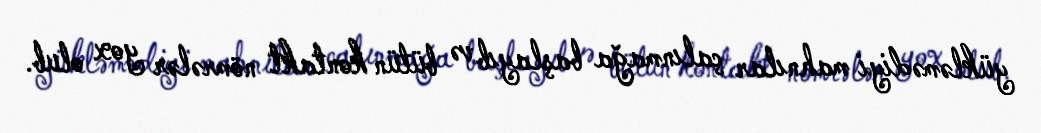
yükləmədiyi mahnılar çalınmağa başlayıb və bütün kontakt nömrələr yox olub.